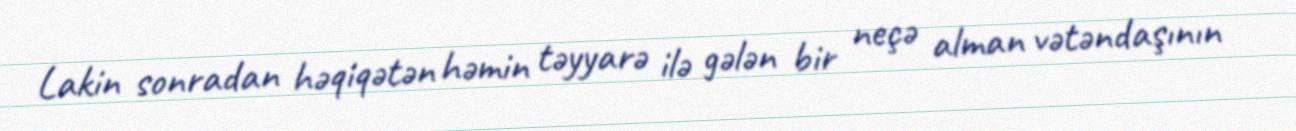
Lakin sonradan həqiqətən həmin təyyarə ilə gələn bir neçə alman vətəndaşının